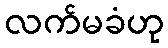
လက်မခံဟု